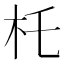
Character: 杔